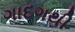
ગાદગથી